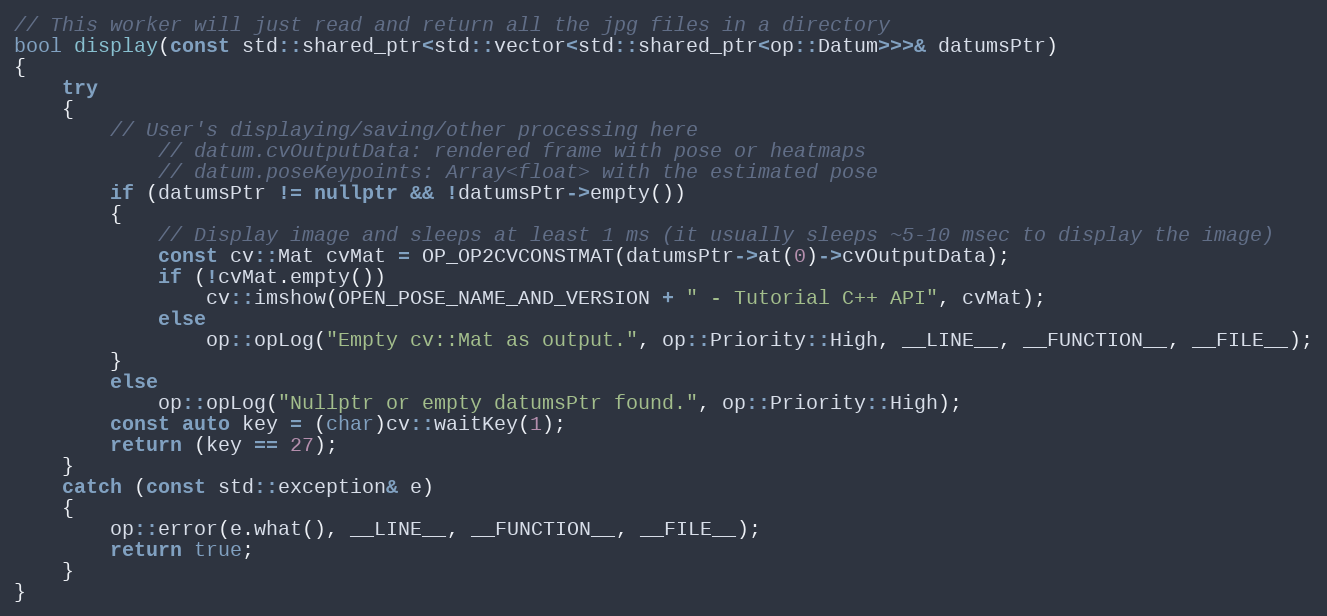
Language: C++
// This worker will just read and return all the jpg files in a directory
bool display(const std::shared_ptr<std::vector<std::shared_ptr<op::Datum>>>& datumsPtr)
{
    try
    {
        // User's displaying/saving/other processing here
            // datum.cvOutputData: rendered frame with pose or heatmaps
            // datum.poseKeypoints: Array<float> with the estimated pose
        if (datumsPtr != nullptr && !datumsPtr->empty())
        {
            // Display image and sleeps at least 1 ms (it usually sleeps ~5-10 msec to display the image)
            const cv::Mat cvMat = OP_OP2CVCONSTMAT(datumsPtr->at(0)->cvOutputData);
            if (!cvMat.empty())
                cv::imshow(OPEN_POSE_NAME_AND_VERSION + " - Tutorial C++ API", cvMat);
            else
                op::opLog("Empty cv::Mat as output.", op::Priority::High, __LINE__, __FUNCTION__, __FILE__);
        }
        else
            op::opLog("Nullptr or empty datumsPtr found.", op::Priority::High);
        const auto key = (char)cv::waitKey(1);
        return (key == 27);
    }
    catch (const std::exception& e)
    {
        op::error(e.what(), __LINE__, __FUNCTION__, __FILE__);
        return true;
    }
}